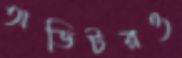
অডিটরও